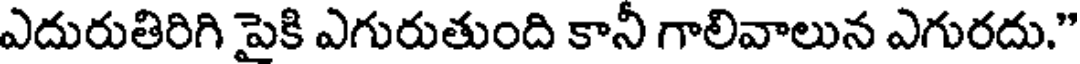
ఎదురుతిరిగి పైకి ఎగురుతుంది కానీ గాలివాలున ఎగురదు."